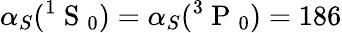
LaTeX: \alpha_{S}(^{1}\mathrm{~S~}_{0})=\alpha_{S}(^{3}\mathrm{~P~}_{0})=186